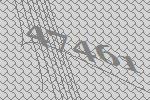
47461